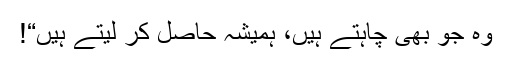
وہ جو بھی چاہتے ہیں، ہمیشہ حاصل کر لیتے ہیں“!